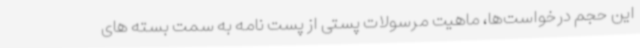
این حجم درخواست‌ها، ماهیت مرسولات پستی از پست نامه به سمت بسته های